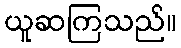
ယူဆကြသည်။